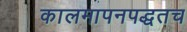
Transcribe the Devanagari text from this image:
कालमापनपद्धतच